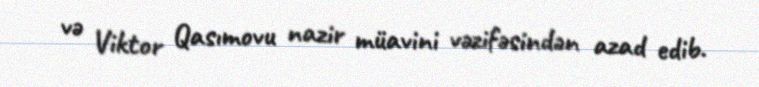
və Viktor Qasımovu nazir müavini vəzifəsindən azad edib.